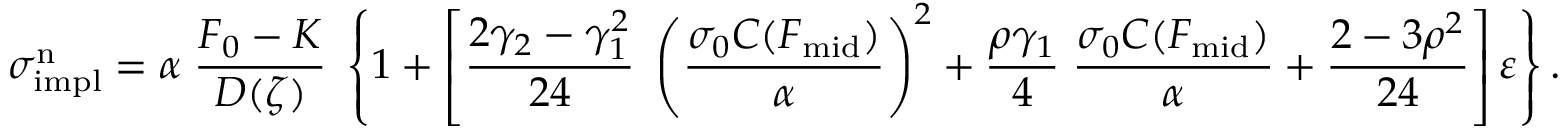
\sigma _ { \mathrm { i m p l } } ^ { \mathrm { n } } = \alpha \; { \frac { F _ { 0 } - K } { D ( \zeta ) } } \; \left\{ 1 + \left[ { \frac { 2 \gamma _ { 2 } - \gamma _ { 1 } ^ { 2 } } { 2 4 } } \; \left( { \frac { \sigma _ { 0 } C ( F _ { \mathrm { m i d } } ) } { \alpha } } \right) ^ { 2 } + { \frac { \rho \gamma _ { 1 } } { 4 } } \; { \frac { \sigma _ { 0 } C ( F _ { \mathrm { m i d } } ) } { \alpha } } + { \frac { 2 - 3 \rho ^ { 2 } } { 2 4 } } \right] \varepsilon \right\} .